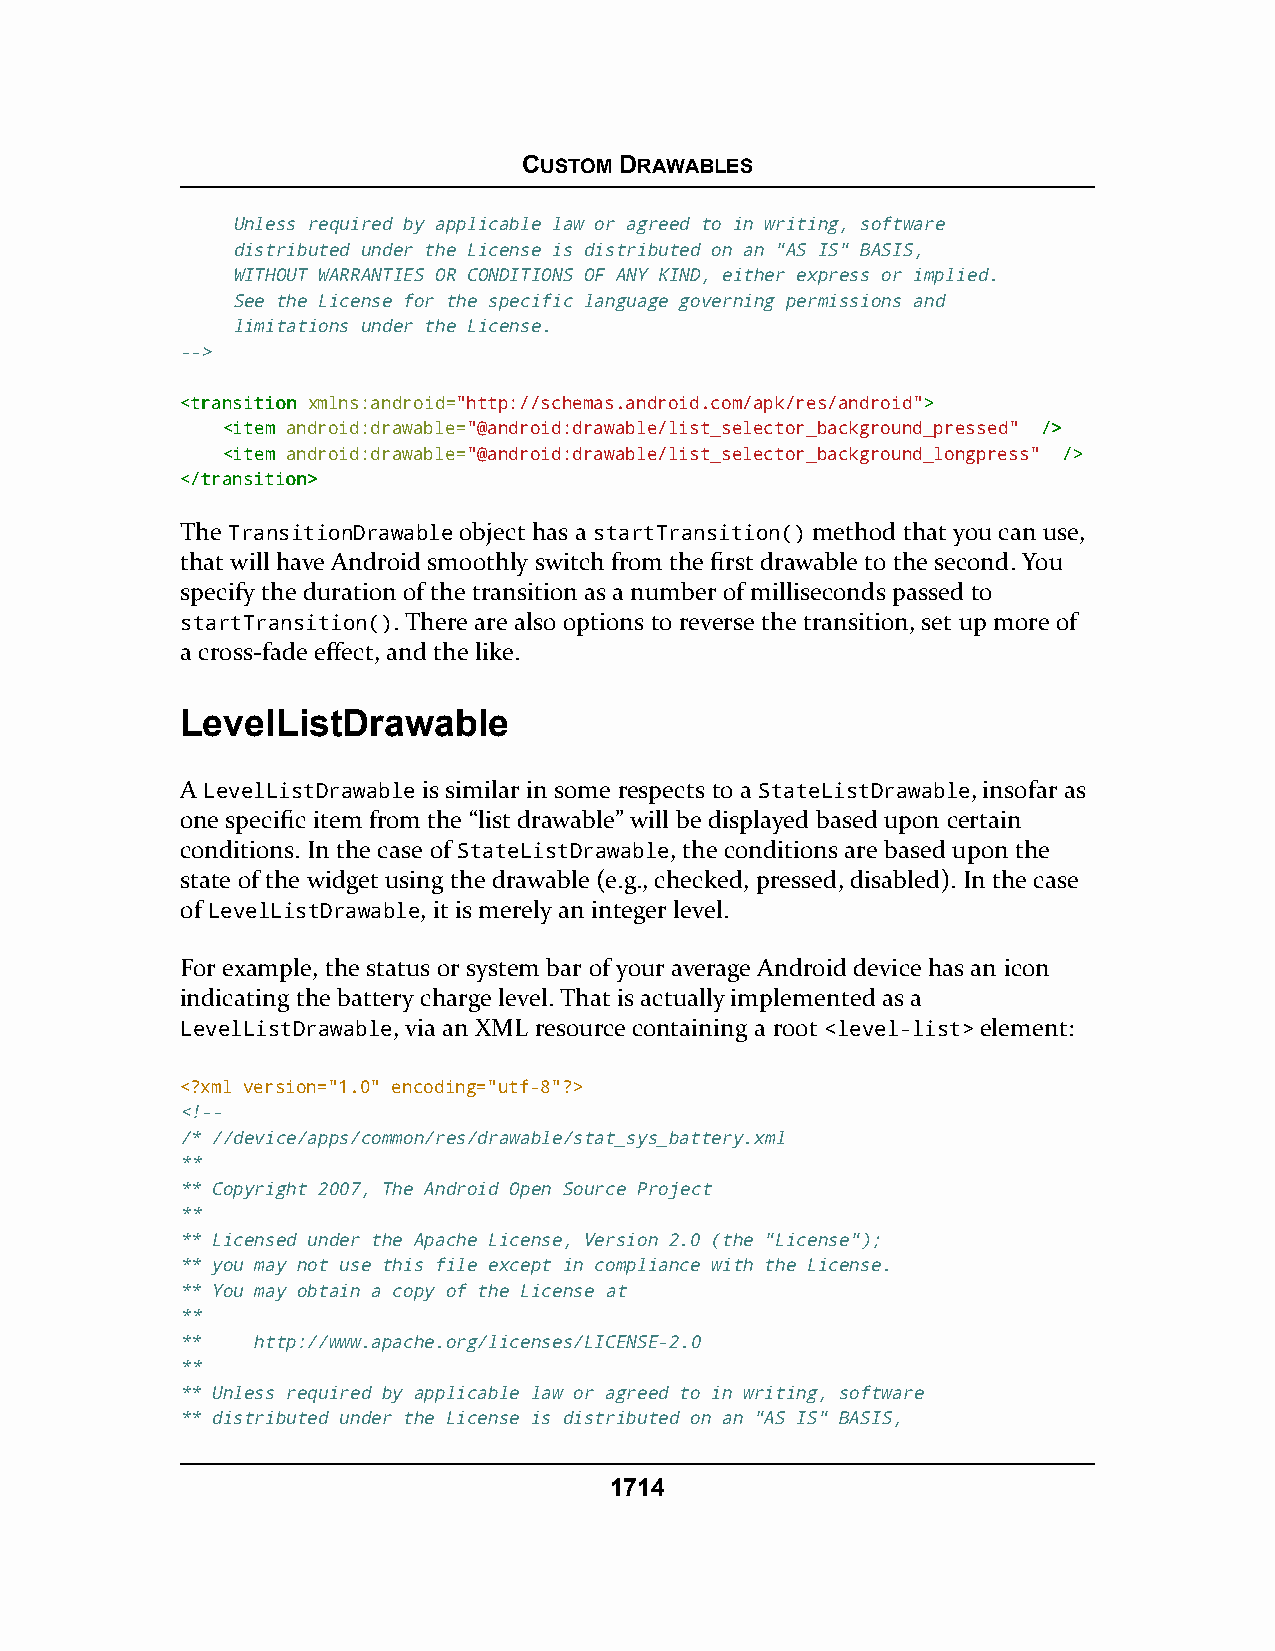
CUSTOM DRAWABLES
 Unless required by applicable law or agreed to in writing, software
 distributed under the License is distributed on an "AS IS" BASIS,
 WITHOUT WARRANTIES OR CONDITIONS OF ANY KIND, either express or implied.
 See the License for the specific language governing permissions and
 limitations under the License.
 -->
 <<ttrraannssiittiioonn xmlns:android="http://schemas.android.com/apk/res/android">>
 <<iitteemm android:drawable="@android:drawable/list_selector_background_pressed" //>>
 <<iitteemm android:drawable="@android:drawable/list_selector_background_longpress" //>>
 <<//ttrraannssiittiioonn>>
 The TransitionDrawable object has a startTransition() method that you can use,
 that will have Android smoothly switch from the first drawable to the second. You
 specify the duration of the transition as a number of milliseconds passed to
 startTransition(). There are also options to reverse the transition, set up more of
 a cross-fade effect, and the like.
 LevelListDrawable
 A LevelListDrawable is similar in some respects to a StateListDrawable, insofar as
 one specific item from the “list drawable” will be displayed based upon certain
 conditions. In the case of StateListDrawable, the conditions are based upon the
 state of the widget using the drawable (e.g., checked, pressed, disabled). In the case
 of LevelListDrawable, it is merely an integer level.
 For example, the status or system bar of your average Android device has an icon
 indicating the battery charge level. That is actually implemented as a
 LevelListDrawable, via an XML resource containing a root <level-list> element:
 <?xml version="1.0" encoding="utf-8"?>
 <!--
 /* //device/apps/common/res/drawable/stat_sys_battery.xml
 **
 ** Copyright 2007, The Android Open Source Project
 **
 ** Licensed under the Apache License, Version 2.0 (the "License");
 ** you may not use this file except in compliance with the License.
 ** You may obtain a copy of the License at
 **
 **   http://www.apache.org/licenses/LICENSE-2.0
 **
 ** Unless required by applicable law or agreed to in writing, software
 ** distributed under the License is distributed on an "AS IS" BASIS,
 1714